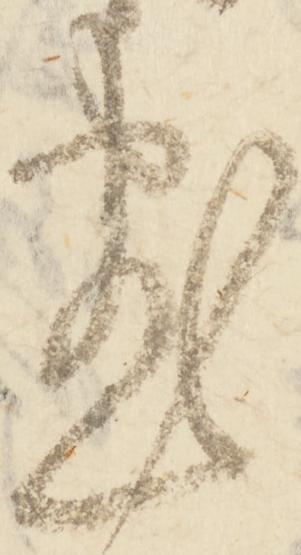
尽